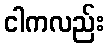
ငါကလည်း